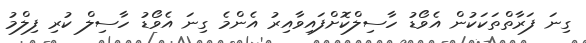
ގިނަ ފަރާތްތަކަކުން އެވޯޑު ހާސިލްކޮށްފައިވާއިރު އެންމެ ގިނަ އެވޯޑު ހާސިލް ކުރި ފިލްމު